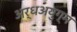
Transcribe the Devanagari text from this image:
अर्धअयुग्म